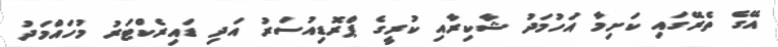
އޭގެ ތެރޭގައި ކަށިމާ އަހުމަދު ޝާކިރާއި ކުރީގެ ޕްރޮޑިއުސަރު އަދި ޑައިރެކްޓަރު މުހައްމަދު